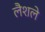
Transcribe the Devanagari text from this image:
लैशले